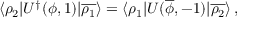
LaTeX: \langle \rho _ { 2 } | U ^ { \dagger } ( \phi , 1 ) | \overline { { { \rho _ { 1 } } } } \rangle = \langle \rho _ { 1 } | U ( \overline { { \phi } } , - 1 ) | \overline { { { \rho _ { 2 } } } } \rangle \, ,